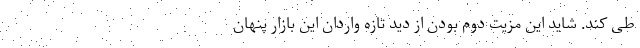
طی کند. شاید این مزیت دوم بودن از دید تازه واردان این بازار پنهان